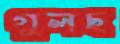
গুলছ